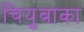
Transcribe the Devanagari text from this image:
चियुबाका